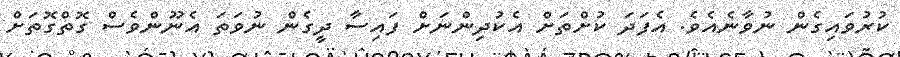
ކުރުވައިގެން ނުވާނެއެވެ. އެފަދަ ކުށްތަށް އެކުދިންނަށް ފައިސާ ދީގެން ނުވަތަ އެނޫންވެސް ގޮތްގޮތަށް